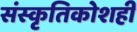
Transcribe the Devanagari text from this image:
संस्कृतिकोशही